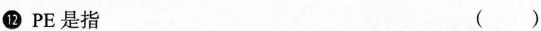
⑫PE是指( )